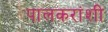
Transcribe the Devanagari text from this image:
पालकरांशी